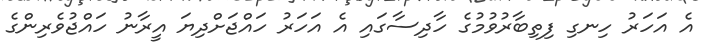
އެ އަހަރު ހިނގި ފިތިބާރުވުމުގެ ހާދިސާގައި އެ އަހަރު ހައްޖަށްދިޔަ އީރާނު ހައްޖުވެރިންގެ